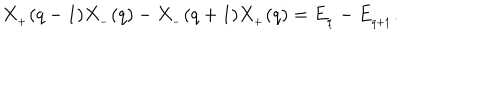
X _ { _ { + } } ( q - 1 ) X _ { _ { - } } ( q ) - X _ { _ { - } } ( q + 1 ) X _ { _ { + } } ( q ) = E _ { _ q } - E _ { _ { q + 1 } } .